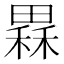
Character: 𤳂